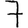
Digit: 7